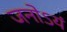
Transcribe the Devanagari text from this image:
जनोऽयं